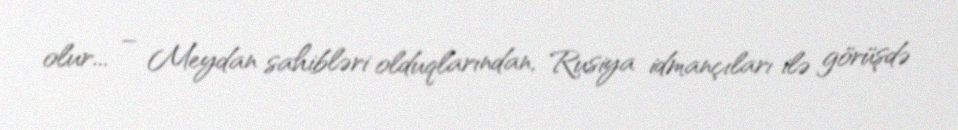
olur... – Meydan sahibləri olduqlarından, Rusiya idmançıları ilə görüşdə